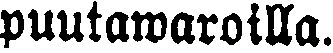
puutawaroilla.